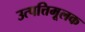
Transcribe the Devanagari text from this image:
उत्पत्तिमूलक